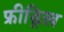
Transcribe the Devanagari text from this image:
फ्रीड्रिख़